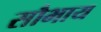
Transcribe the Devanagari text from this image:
सौभाय